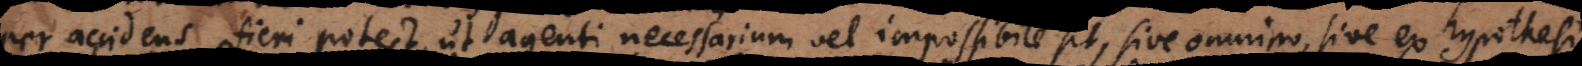
per accidens fieri potest, ut agenti necessarium vel impossibile sit, sive omnino, sive ex hypothesi